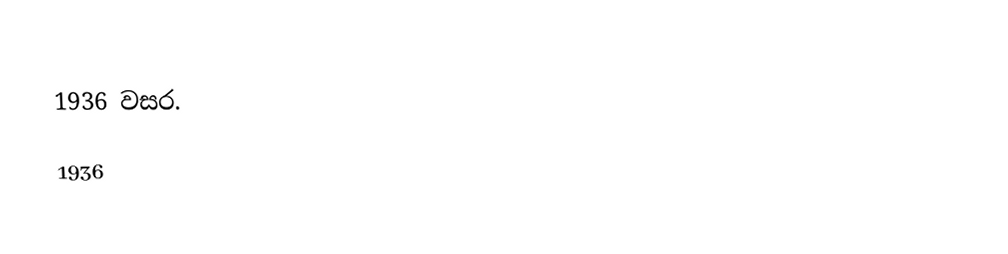
1936 වසර.

1936